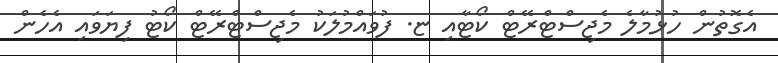
އެގޮތުން ހުޅުމާލެ މެޖިސްޓްރޭޓް ކޯޓާއި ޏ. ފުވައްމުލަކު މެޖިސްޓްރޭޓް ކޯޓު ފިޔަވައި އެހެން